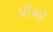
પીચો